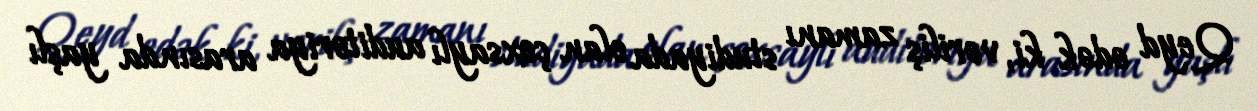
Qeyd edək ki, veriliş zamanı studiyada olan çoxsaylı auditoriya arasında yaşlı